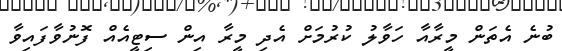
ބުނެ އެތަން މީރާއާ ހަވާލު ކުރުމަށް އެދި މީރާ އިން ސިޓީއެއް ފޮނުވާފައިވާ